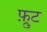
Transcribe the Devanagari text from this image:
फ़्रुट